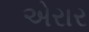
એરાર